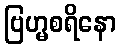
ဗြဟ္မစရိနော